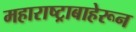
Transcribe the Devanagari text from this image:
महाराष्ट्राबाहेरून